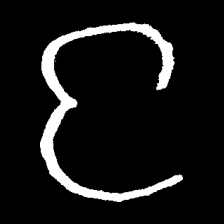
Pyu character \u2014 Myanmar letter: င (romanized: nga)